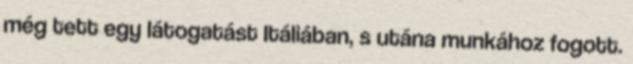
még tett egy látogatást Itáliában, s utána munkához fogott.